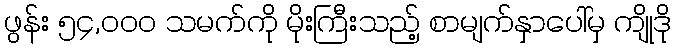
ဖွန်း ၅၄,၀၀၀ သမက်ကို မိုးကြီးသည့် စာမျက်နှာပေါ်မှ ကျိုဒို